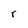
Character: r